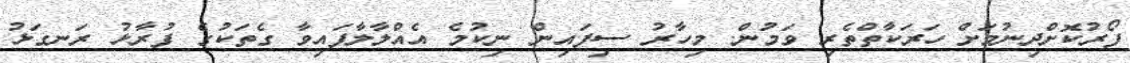
ފޯރުކޮށްދިނުމަށް ހަރަކާތްތެރި ވަމުން. މިހާރު ސިފައިން ނިކުމެ އެއްލާލާފައިވާ ގެތަކުގެ ފުރާޅު ރަނގަޅު